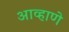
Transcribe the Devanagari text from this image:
आव्हाणे